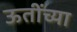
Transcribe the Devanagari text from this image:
ऊतींच्या